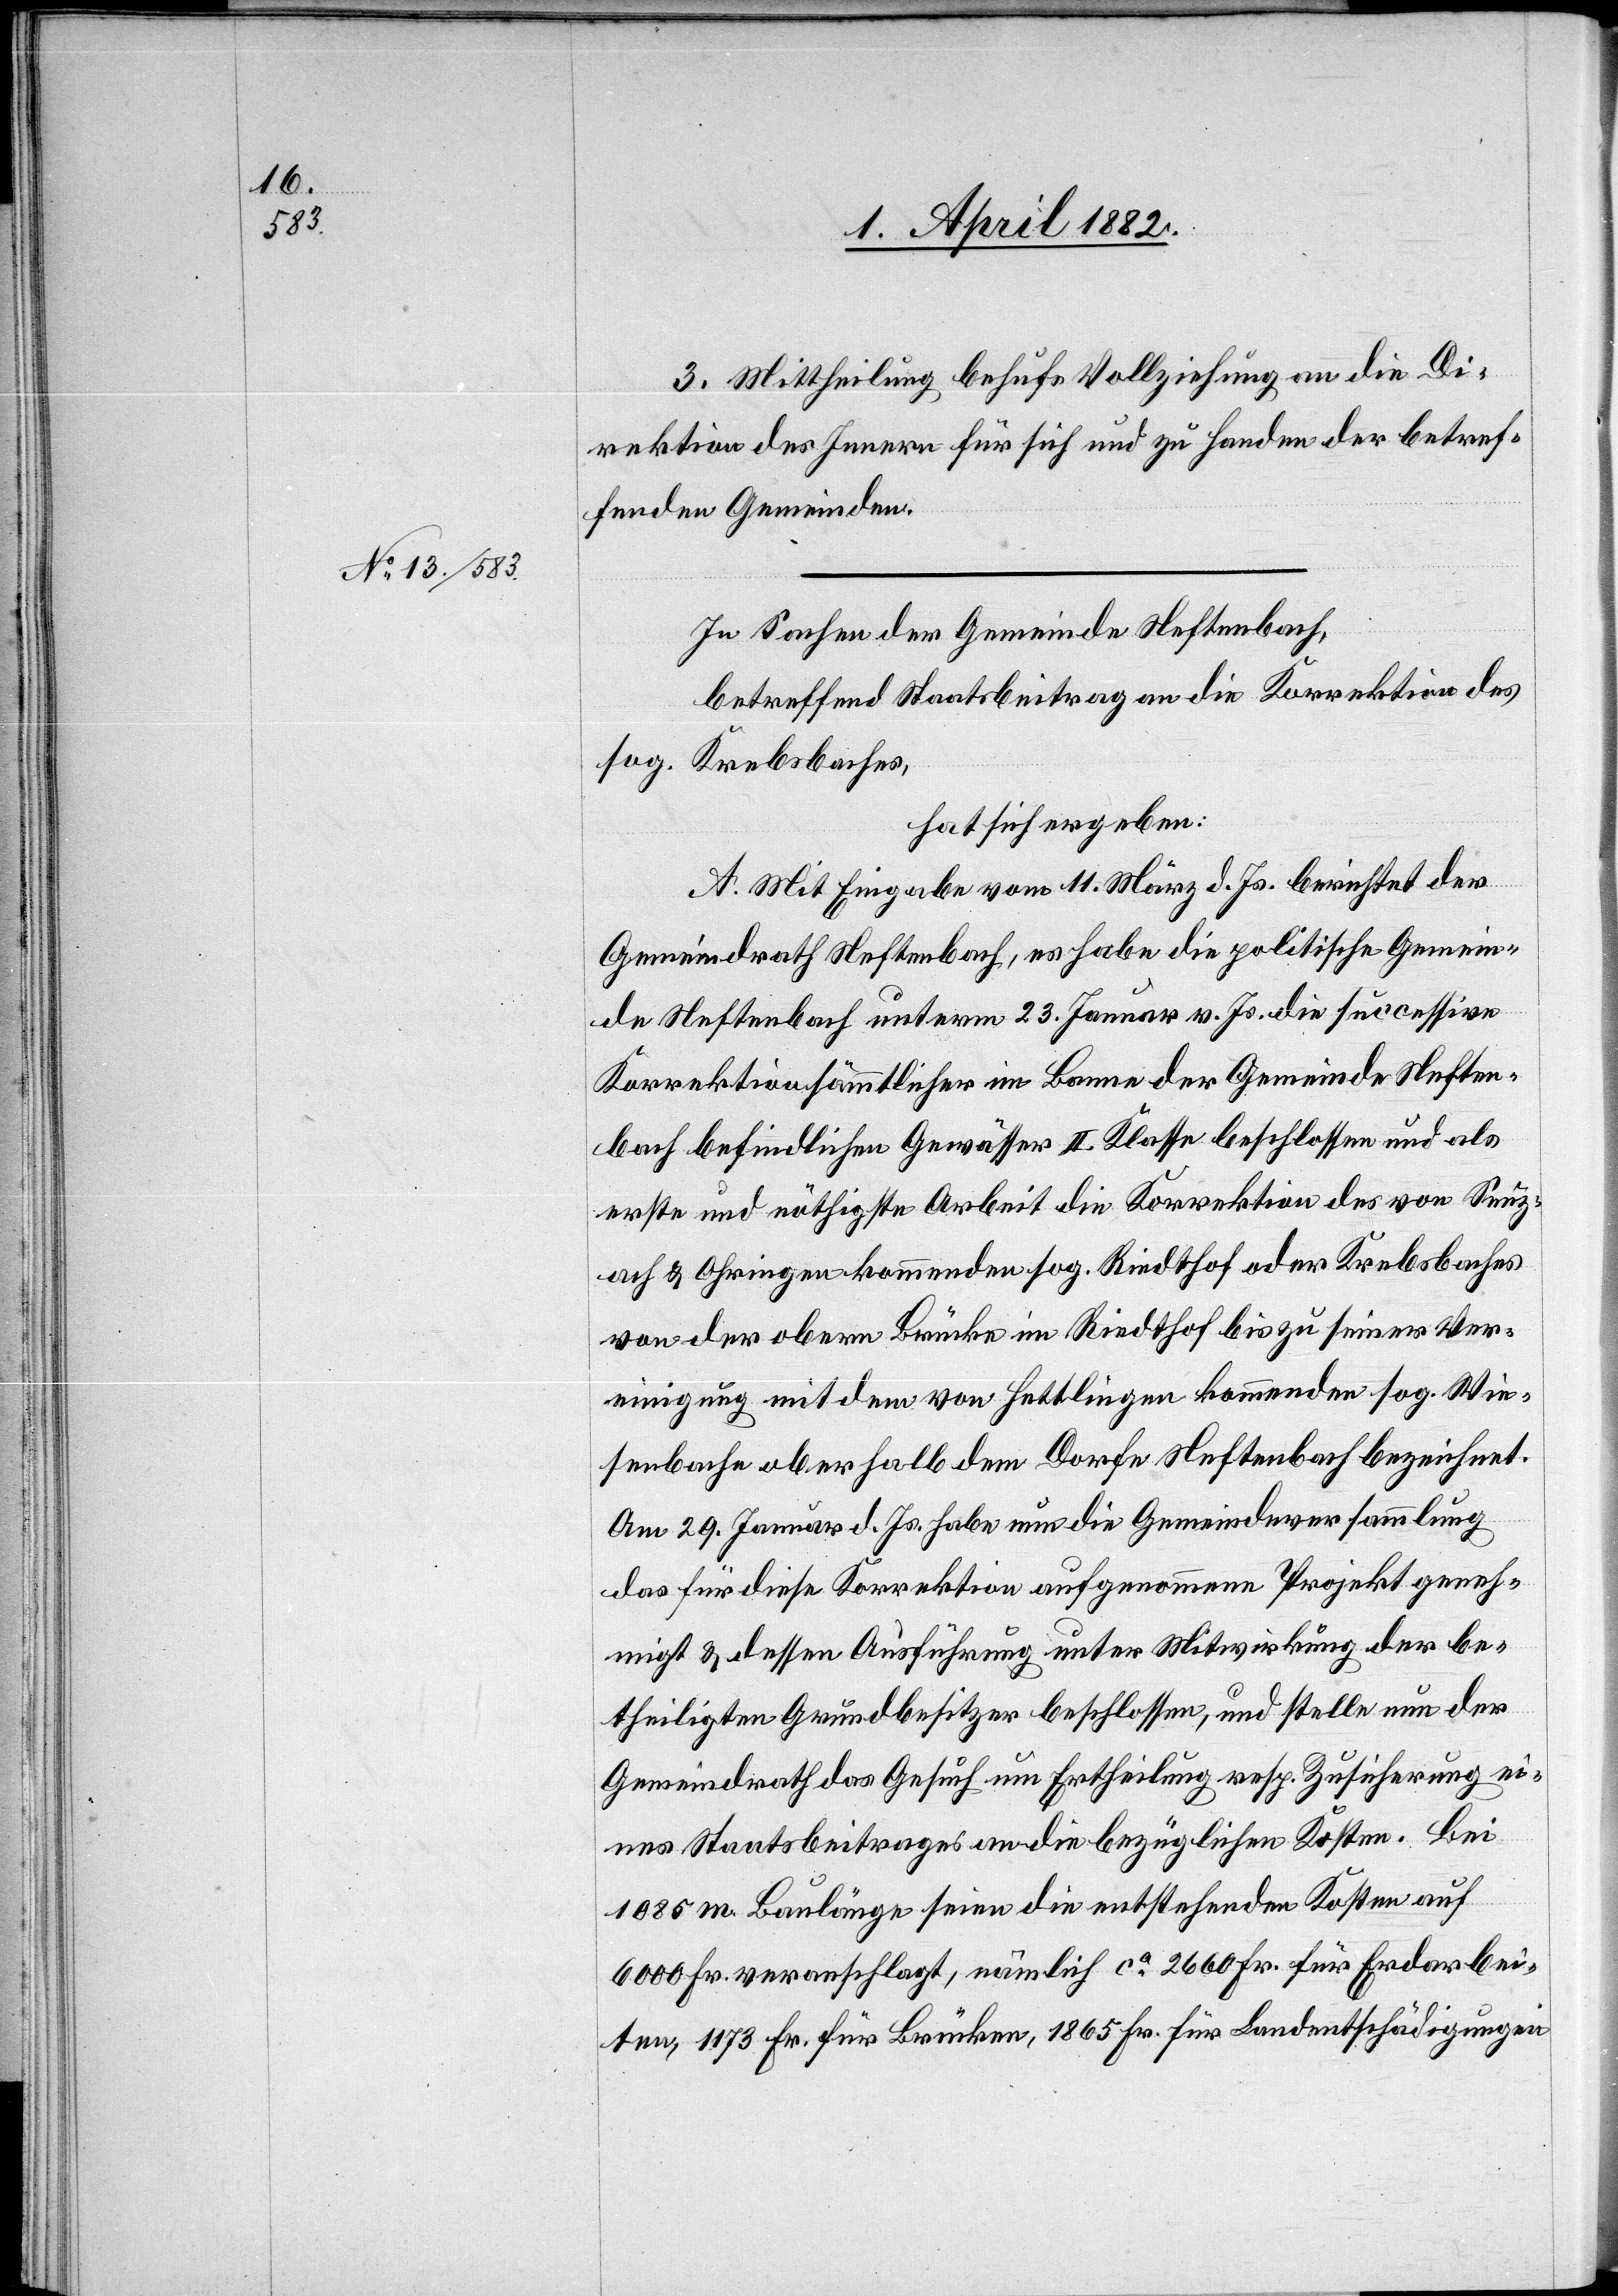
3. Mittheilung behufs Vollziehung an die Di¬
rektion des Innern für sich und zu Handen der betref¬
fenden Gemeinden.
In Sachen der Gemeinde Neftenbach,
betreffend Staatsbeitrag an die Korrektion des
sog. Krebsbaches,
hat sich ergeben:
A. Mit Eingabe vom 11. März d. Js. berichtet der
Gemeindrath Neftenbach, es habe die politische Gemein¬
de Neftenbach unterm 23. Januar v. Js. die successive
Korrektion sämmtlicher im Banne der Gemeinde Neften¬
bach befindlichen Gewässer II. Kasse beschlossen und als
erste und nöthigste Arbeit die Korrektion des von Seuz¬
ach & Ohringen kommenden sog. Riedthof oder Krebsbaches
von der obern Brücke im Riedthof bis zu seiner Ver¬
einigung mit dem von Hettlingen kommenden sog. Wie¬
senbache oberhalb dem Dorfe Neftenbach bezeichnet.
Am 29. Januar d. Js. habe nun die Gemeindeversammlung
das für diese Korrektion aufgenommene Projekt geneh¬
migt & dessen Ausführung unter Mitwirkung der be¬
theiligten Grundbesitzer beschlossen, und stelle nun der
Gemeindrath das Gesuch um Ertheilung resp. Zusicherung ei¬
nes Staatsbeitrages an die bezüglichen Kosten. Bei
1085 m Baulänge seien die entstehenden Kosten auf
6000 Fr. veranschlagt, nämlich ca 2660 Fr. für Erdarbei¬
ten, 1173 Fr. für Brücken, 1865 Fr. für Landentschädigungen